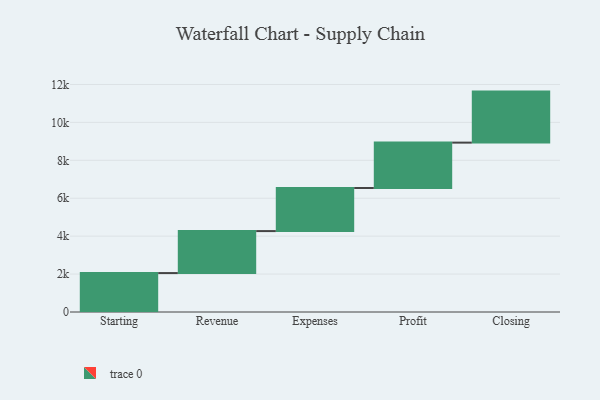
{"axis": {"x": "Step", "y": "Value"}, "legend": [""], "data": [{"x": "Starting", "y": 2053.0, "type": ""}, {"x": "Revenue", "y": 2214.0, "type": ""}, {"x": "Expenses", "y": 2273.0, "type": ""}, {"x": "Profit", "y": 2393.0, "type": ""}, {"x": "Closing", "y": 2691.0, "type": ""}]}